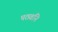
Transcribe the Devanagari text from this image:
पठवनि